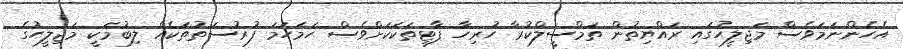
އެހެންނަމަވެސް މަޖިލީހުގައި ރައްޔިތުން ތަމްސީލްކުރާ ހުރިހާ ޕާޓީތަކަކަށްވެސް ހަމަހަމަ ފުރުސަތުތަކެއް ލިބުމަކީ މަޖިލީހުގެ